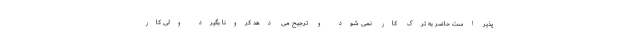
پذیر است حاضر به ترک کار نمی شود و ترجیح می دهد کرونا بگیرد ولی کار